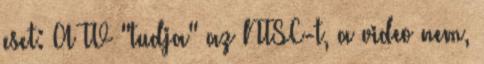
eset: A TV "tudja" az NTSC-t, a video nem,